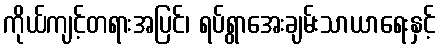
ကိုယ်ကျင့်တရားအပြင်၊ ရပ်ရွာအေးချမ်းသာယာရေးနှင့်